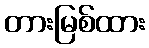
တားမြစ်ထား